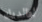
لوالديك